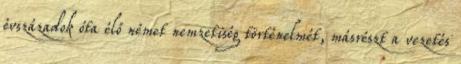
évszázadok óta élő német nemzetiség történelmét, másrészt a vezetés